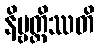
နိဗ္ဗတ္တိဿတိ